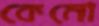
কেমো